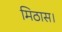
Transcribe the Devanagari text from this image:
मिठास।